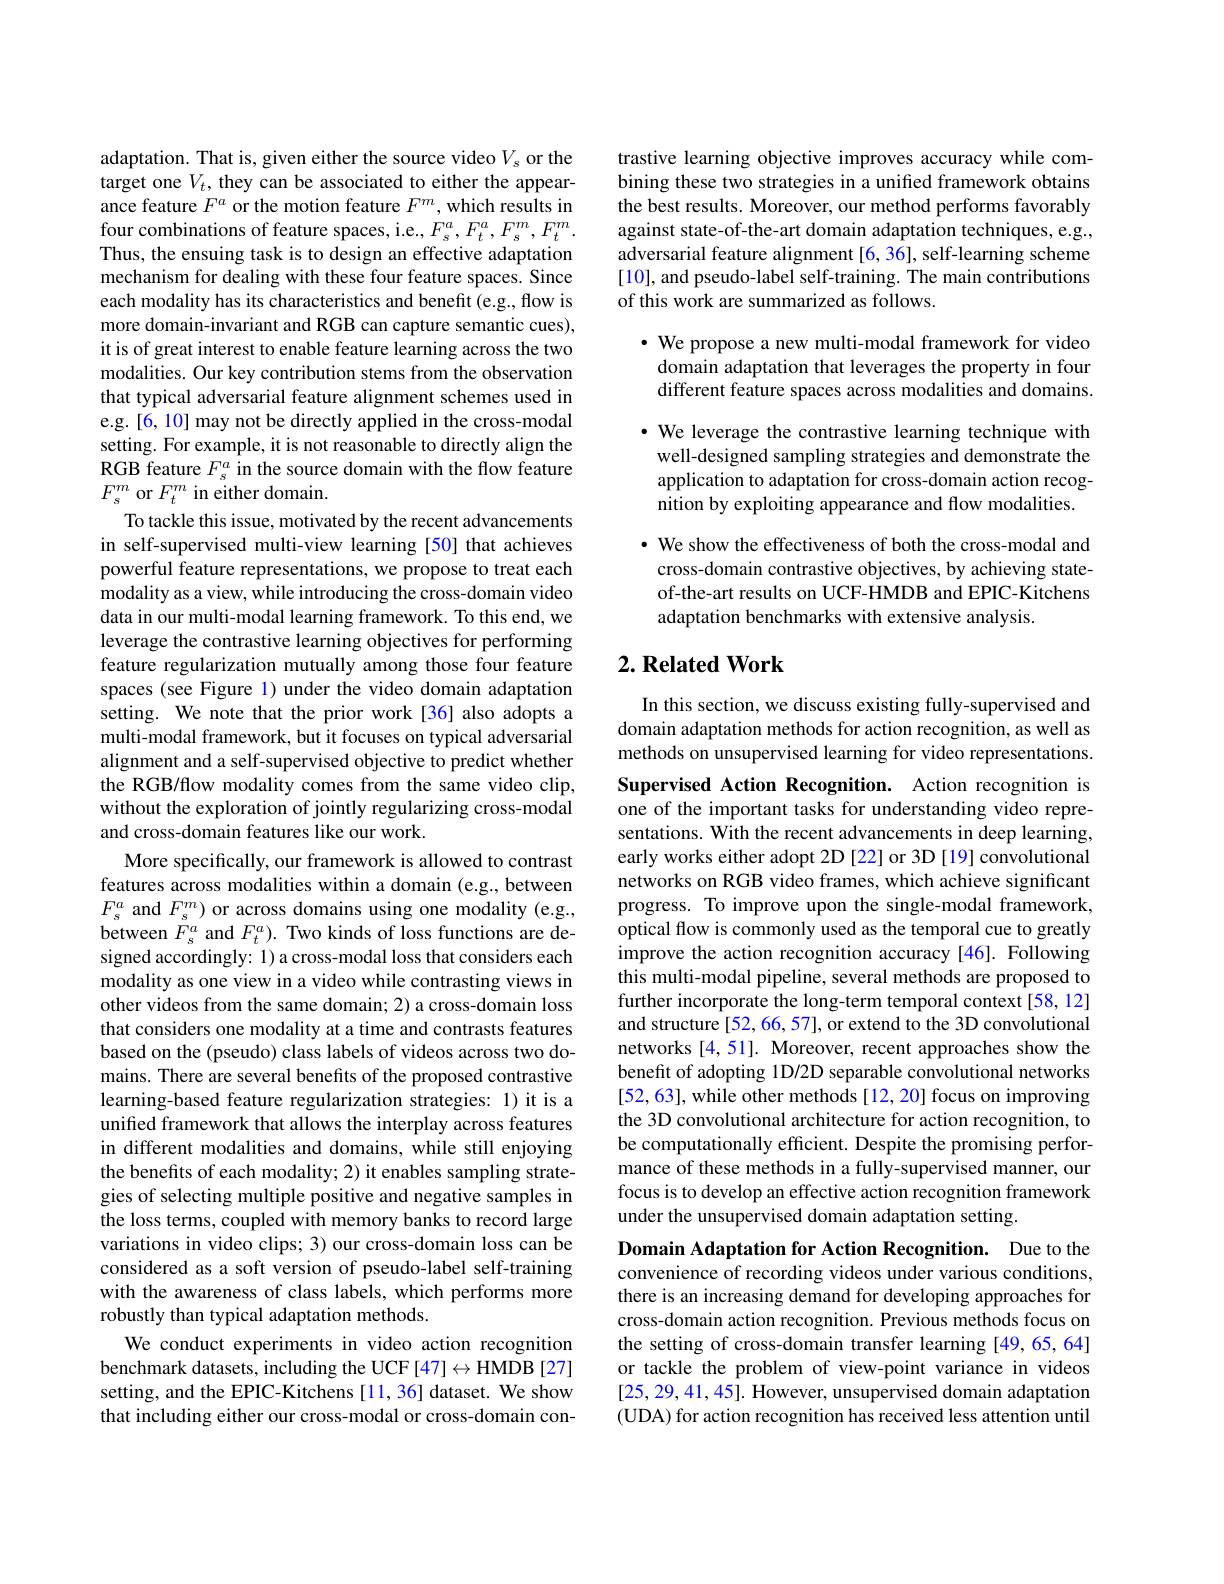
adaptation. That is, given either the source video $V_s$ or the target one $V_t$, they can be associated to either the appearance feature $F^a$ or the motion feature $F^m$, which results in four combinations of feature spaces, i.e., $F_s^a,F_t^a,F_s^m,F_t^m.$ Thus, the ensuing task is to design an effective adaptation mechanism for dealing with these four feature spaces. Since each modality has its characteristics and benefit (e.g., flow is more domain-invariant and RGB can capture semantic cues), it is of great interest to enable feature learning across the two modalities. Our key contribution stems from the observation that typical adversarial feature alignment schemes used in e.g.[6, 10] may not be directly applied in the cross-modal setting. For example, it is not reasonable to directly align the RGB feature $F_s^a$ in the source domain with the flow feature $F_{s}^{m}$ or $F_t^{m}$ in either domain.
To tackle this issue, motivated by the recent advancements in self-supervised multi-view learning [50] that achieves powerful feature representations, we propose to treat each modality as a view, while introducing the cross-domain video data in our multi-modal learning framework. To this end, we leverage the contrastive learning objectives for performing feature regularization mutually among those four feature spaces (see Figure 1) under the video domain adaptation setting. We note that the prior work[36] also adopts a multi-modal framework, but it focuses on typical adversarial alignment and a self-supervised objective to predict whether the RGB/flow modality comes from the same video clip, without the exploration of jointly regularizing cross-modal and cross-domain features like our work.
More specifically, our framework is allowed to contrast features across modalities within a domain (e.g., between $F_{s}^{a}$ and $F_s^{m})$ or across domains using one modality (e.g., between $F_s^a$ and $F_t^a).$ Two kinds of loss functions are designed accordingly: 1) a cross-modal loss that considers each modality as one view in a video while contrasting views in other videos from the same domain; 2) a cross-domain loss that considers one modality at a time and contrasts features based on the (pseudo) class labels of videos across two domains. There are several benefits of the proposed contrastive learning-based feature regularization strategies: 1) it is a unified framework that allows the interplay across features in different modalities and domains, while still enjoying the benefits of each modality; 2) it enables sampling strategies of selecting multiple positive and negative samples in the loss terms, coupled with memory banks to record large variations in video clips; 3) our cross-domain loss can be considered as a soft version of pseudo-label self-training with the awareness of class labels, which performs more robustly than typical adaptation methods.
We conduct experiments in video action recognition benchmark datasets, including the UCF[47] $\leftrightarrow$HMDB [27] setting, and the EPIC-Kitchens [11,36] dataset. We show that including either our cross-modal or cross-domain con-

trastive learning objective improves accuracy while combining these two strategies in a unified framework obtains the best results. Moreover, our method performs favorably against state-of-the-art domain adaptation techniques, e.g., adversarial feature alignment[6, 36], self-learning scheme [10], and pseudo-label self-training. The main contributions of this work are summarized as follows.

$\cdot$ We propose a new multi-modal framework for video domain adaptation that leverages the property in four different feature spaces across modalities and domains.

· We leverage the contrastive learning technique with well-designed sampling strategies and demonstrate the application to adaptation for cross-domain action recognition by exploiting appearance and flow modalities. · We show the effectiveness of both the cross-modal and cross-domain contrastive objectives, by achieving stateof-the-art results on UCF-HMDB and EPIC-Kitchens adaptation benchmarks with extensive analysis.

## $2. \textbf{Related Work}$

In this section, we discuss existing fully-supervised and domain adaptation methods for action recognition, as well as methods on unsupervised learning for video representations. Supervised Action Recognition. Action recognition is one of the important tasks for understanding video representations. With the recent advancements in deep learning, early works either adopt 2D [22] or 3D [19] convolutional networks on RGB video frames, which achieve significant progress. To improve upon the single-modal framework, optical flow is commonly used as the temporal cue to greatly improve the action recognition accuracy [46]. Following this multi-modal pipeline, several methods are proposed to further incorporate the long-term temporal context[58,12] and structure [52, 66, 57], or extend to the 3D convolutional networks [4,51]. Moreover, recent approaches show the benefit of adopting 1D/2D separable convolutional networks [52,63], while other methods [12, 20] focus on improving the 3D convolutional architecture for action recognition, to be computationally efficient. Despite the promising performance of these methods in a fully-supervised manner, our focus is to develop an effective action recognition framework under the unsupervised domain adaptation setting.

Domain Adaptation for Action Recognition. Due to the convenience of recording videos under various conditions, there is an increasing demand for developing approaches for cross-domain action recognition. Previous methods focus on the setting of cross-domain transfer learning [49,65,64] or tackle the problem of view-point variance in videos [25,29,41,45]. However, unsupervised domain adaptation (UDA) for action recognition has received less attention until